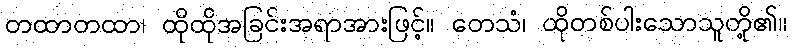
တထာတထာ၊ ထိုထိုအခြင်းအရာအားဖြင့်။ တေသံ၊ ထိုတစ်ပါးသောသူတို့၏။